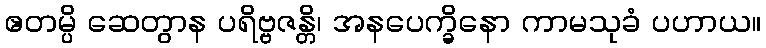
ဧတမ္ပိ ဆေတွာန ပရိဗ္ဗဇန္တိ၊ အနပေက္ခိနော ကာမသုခံ ပဟာယ။